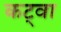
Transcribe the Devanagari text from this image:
कट्वा